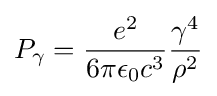
P_{\gamma }={\frac {e^{2}}{6\pi \epsilon _{0}c^{3}}}{\frac {\gamma ^{4}}{\rho ^{2}}}